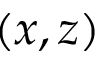
( x , z )